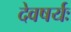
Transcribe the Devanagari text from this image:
देवषर्यः